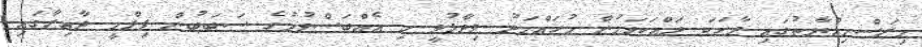
މިރަސްމިއްޔާތުގައި ވާހަކަ ދައްކަވަމުން މުހައްމަދު ވިދާޅުވީ މި އެއްބަސްވުމުގެ ސަބަބުން ފިލްމީ ދާއިރާގައި